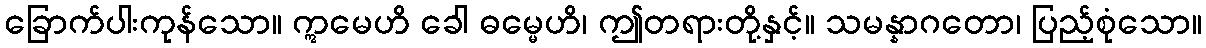
ခြောက်ပါးကုန်သော။ ဣမေဟိ ခေါ ဓမ္မေဟိ၊ ဤတရားတို့နှင့်။ သမန္နာဂတော၊ ပြည့်စုံသော။